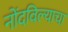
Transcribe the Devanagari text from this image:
नोंदविल्याचा